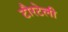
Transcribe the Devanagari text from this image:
टौरटेली